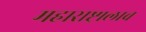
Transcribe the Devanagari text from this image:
महाराष्ट्रालाच